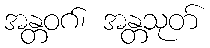
အန္တဝဂ်၊ အန္တသုတ်